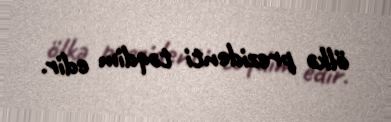
ölkə prezidenti təqdim edir.